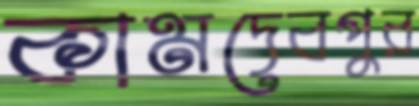
কামদেবপুর